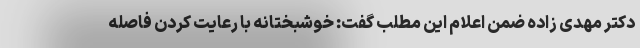
دکتر مهدی زاده ضمن اعلام این مطلب گفت: خوشبختانه با رعایت کردن فاصله